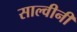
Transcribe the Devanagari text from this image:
साल्वीनी